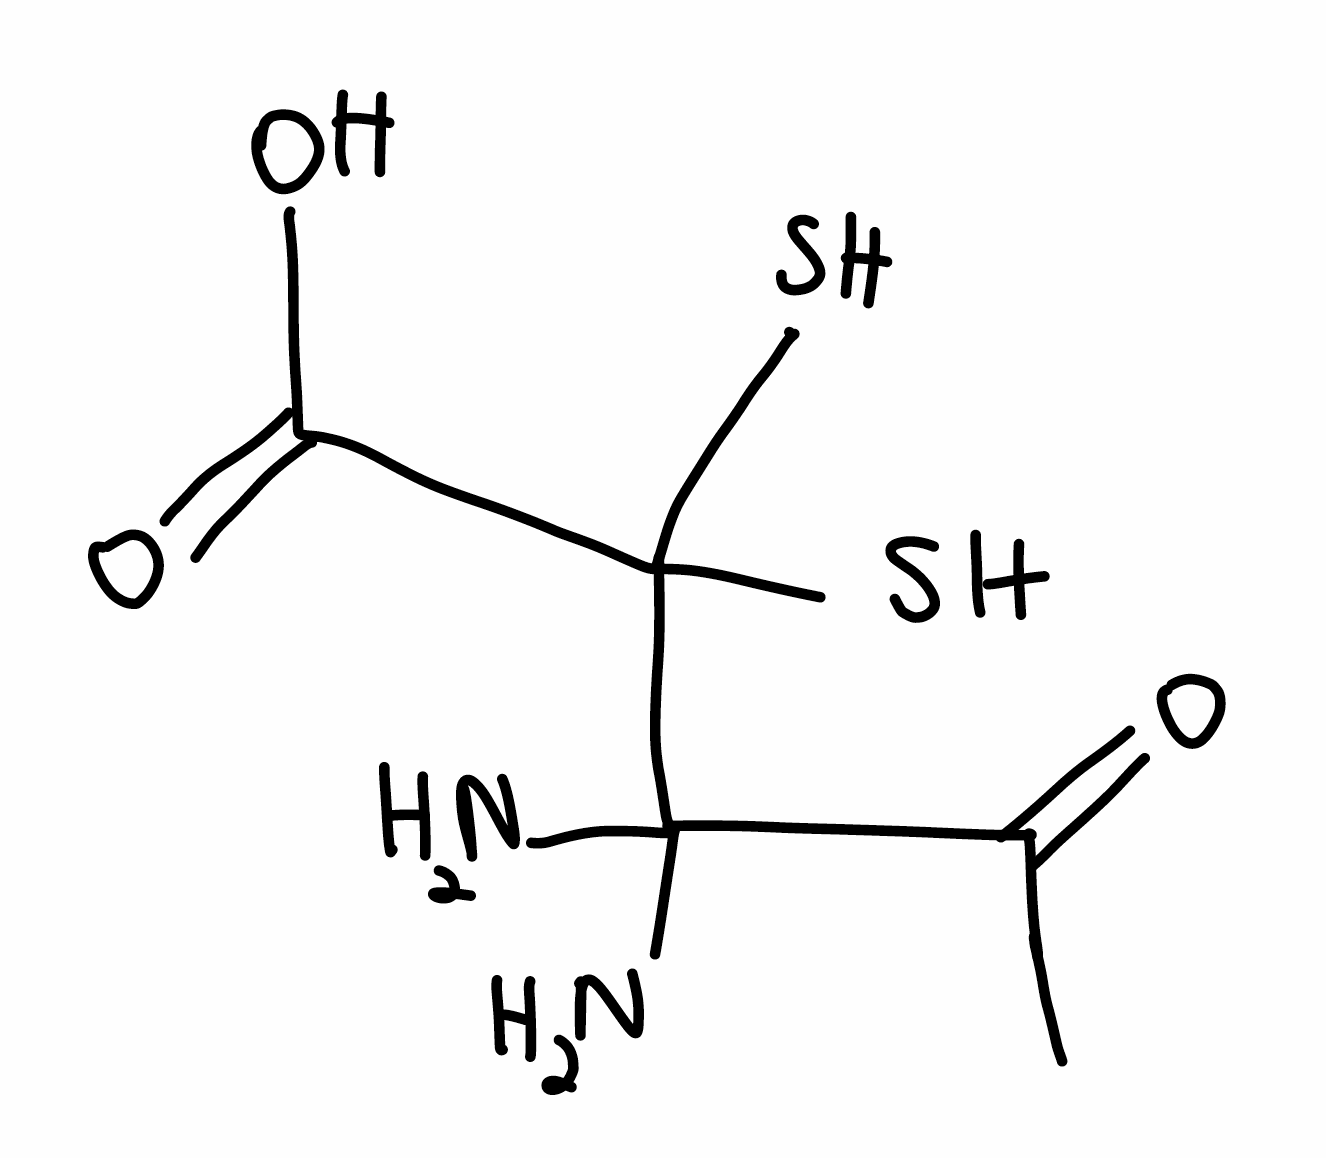
Simplified molecular-input line-entry system (SMILES) notation of the given molecule:
CC(=O)C(C(C(=O)O)(S)S)(N)N